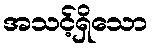
အသင့်ရှိသော